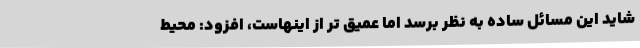
شاید این مسائل ساده به نظر برسد اما عمیق تر از اینهاست، افزود: محیط